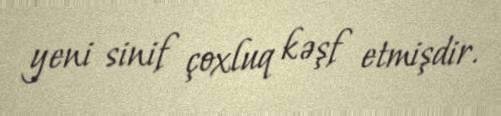
yeni sinif çoxluq kəşf etmişdir.